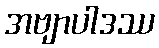
အဗျာပါဒဿ